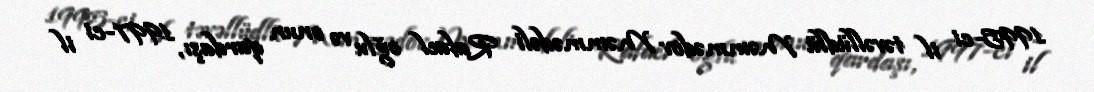
1995-ci il təvəllüdlü Məmmədov Məmmədəli Rafael oğlu və onun qardaşı, 1997-ci il